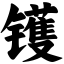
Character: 镬